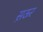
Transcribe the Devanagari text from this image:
स़ऊर